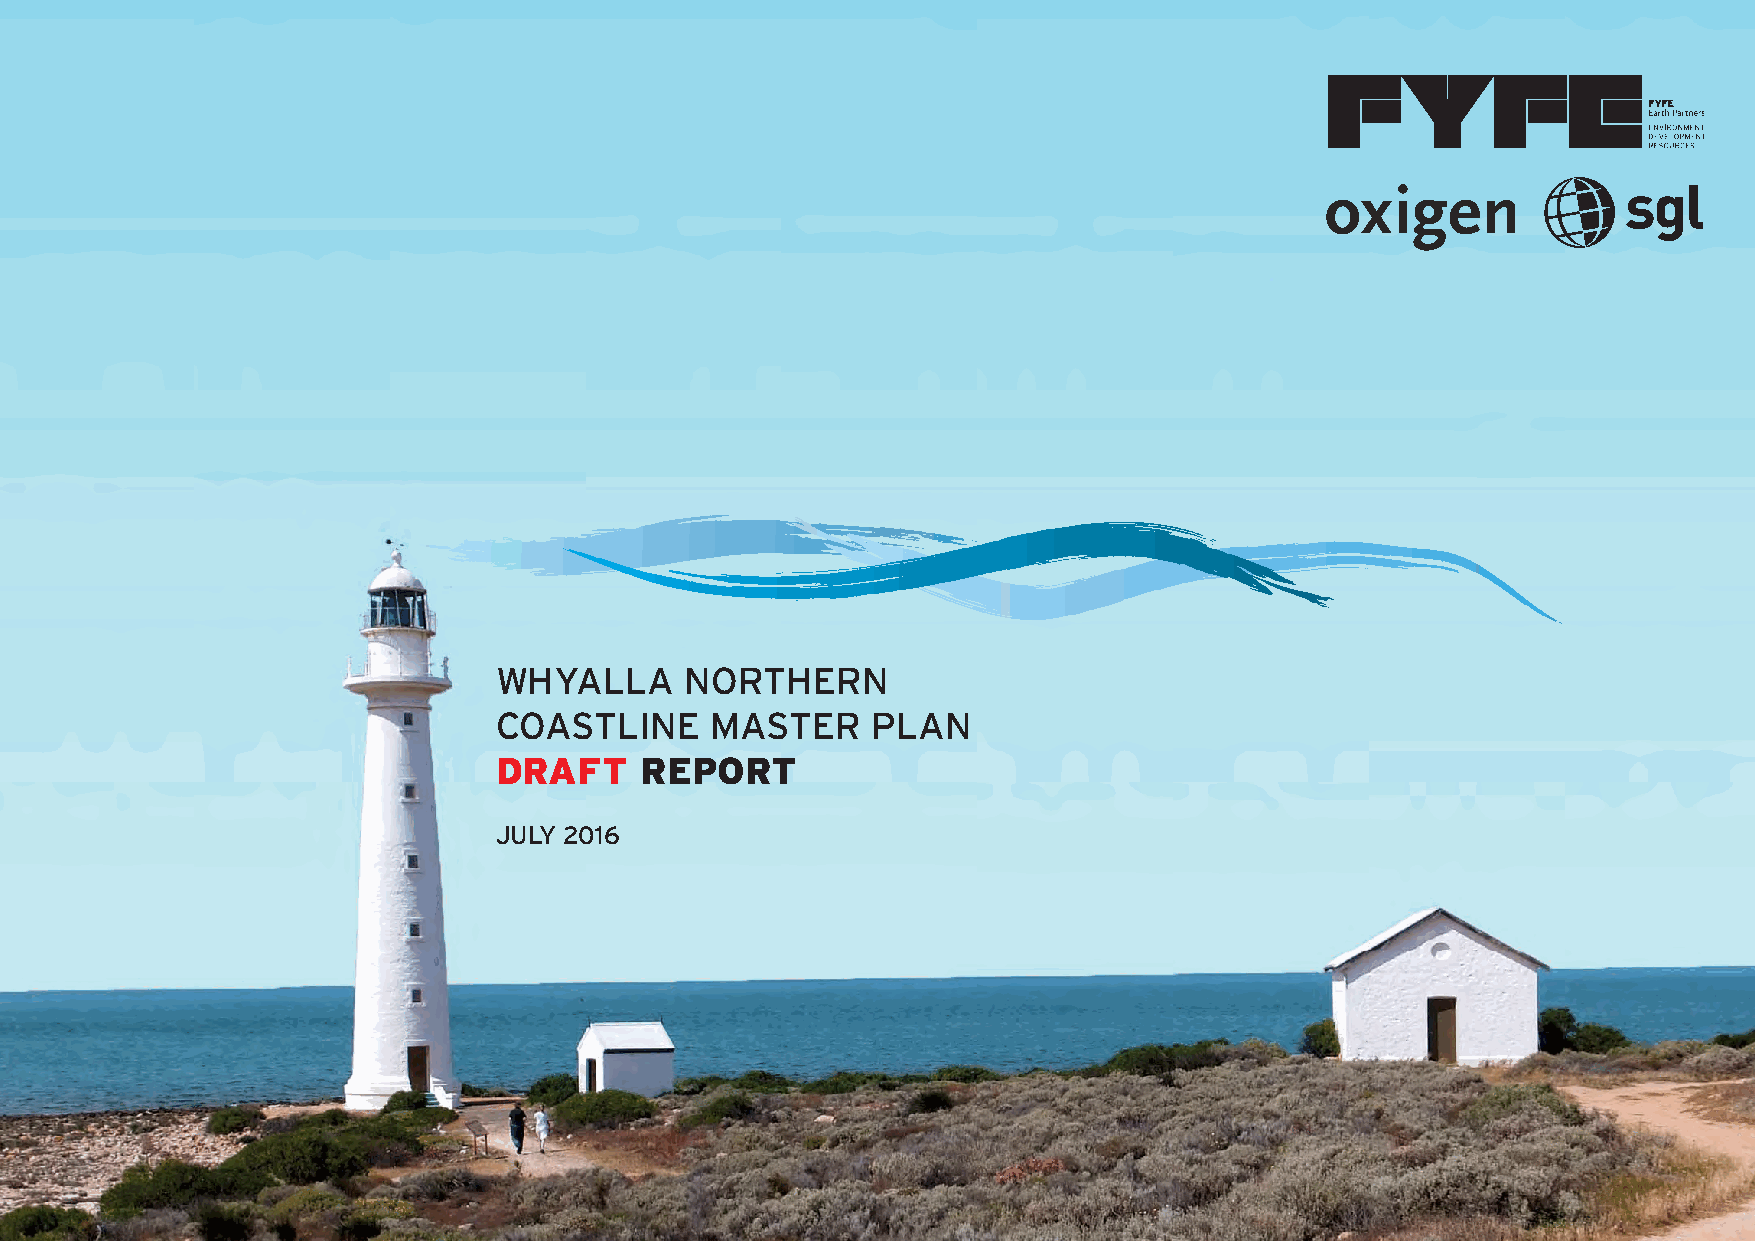
WHYALLA     NORTHERN
 COASTLINE     MASTER     PLAN
 DRAFT    REPORT
 JULY 2016